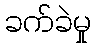
ခက်ခဲမှု